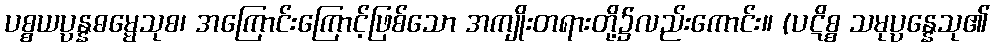
ပစ္စယပ္ပန္နဓမ္မေသုစ၊ အကြောင်းကြောင့်ဖြစ်သော အကျိုးတရားတို့၌လည်းကောင်း။ (ပဋိစ္စ သမုပ္ပန္နေသု၏